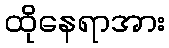
ထိုနေရာအား